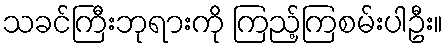
သခင်ကြီးဘုရားကို ကြည့်ကြစမ်းပါဦး။